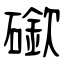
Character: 䃢